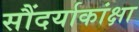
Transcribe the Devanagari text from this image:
सौंदर्याकांक्षा